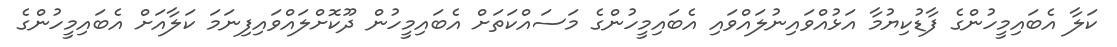
ކަލާ އެބައިމީހުންގެ ފާޑުކިޔުމާ އަޅުއްވައިނުލައްވައި އެބައިމީހުންގެ މަސައްކަތަށް އެބައިމީހުން ދޫކޮށްލައްވައިފިނަމަ ކަލާއަށް އެބައިމީހުންގެ